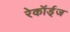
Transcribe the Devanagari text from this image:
रेकॉर्ड्‌ज